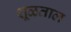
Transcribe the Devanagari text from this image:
शूळताल